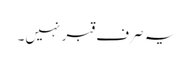
یہ صرف قبر نہیں۔